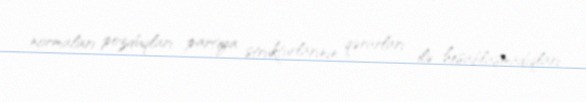
normaları pozduqları, partiya strukturlarının qərarları ilə hesablaşmadıqları